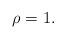
LaTeX: \begin{align*}\rho=1.\end{align*}